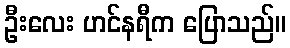
ဦးလေး ဟင်နရီက ပြောသည်။